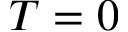
{ T = 0 }